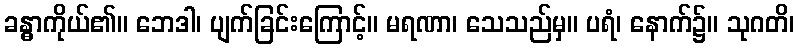
ခန္ဓာကိုယ်၏။ ဘေဒါ၊ ပျက်ခြင်းကြောင့်။ မရဏာ၊ သေသည်မှ။ ပရံ၊ နောက်၌။ သုဂတိ၊